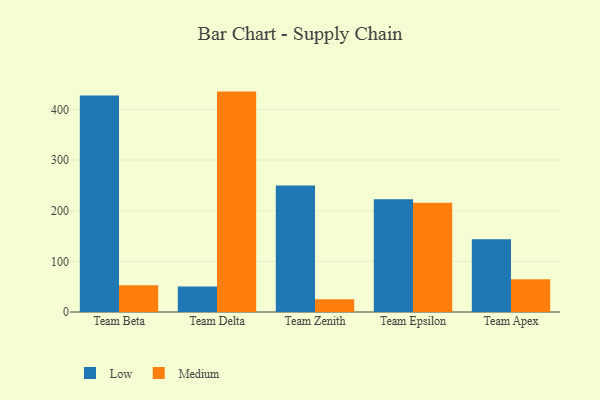
{"axis": {"x": "Team", "y": "Temperature (°C)"}, "legend": ["Low", "Medium"], "data": [{"x": "Team Beta", "y": 427.7, "type": "Low"}, {"x": "Team Beta", "y": 52.8, "type": "Medium"}, {"x": "Team Delta", "y": 50.5, "type": "Low"}, {"x": "Team Delta", "y": 435.3, "type": "Medium"}, {"x": "Team Zenith", "y": 250.0, "type": "Low"}, {"x": "Team Zenith", "y": 25.0, "type": "Medium"}, {"x": "Team Epsilon", "y": 222.5, "type": "Low"}, {"x": "Team Epsilon", "y": 215.7, "type": "Medium"}, {"x": "Team Apex", "y": 143.7, "type": "Low"}, {"x": "Team Apex", "y": 64.8, "type": "Medium"}]}